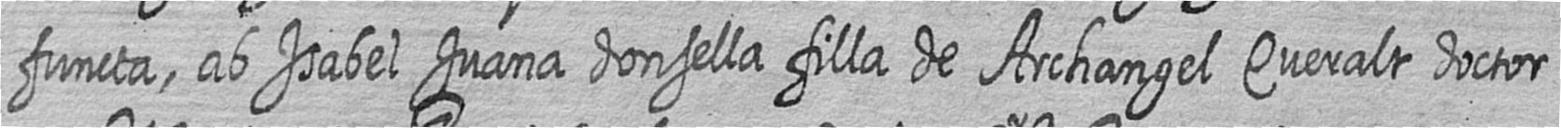
functa ab Isabel Juana donsella filla de Archangel Queralt doctor